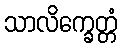
သာလိက္ခေတ္တံ